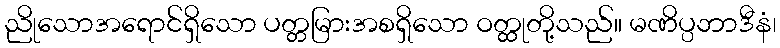
ညိုသောအရောင်ရှိသော ပတ္တမြားအစရှိသော ဝတ္ထုတို့သည်။ မဏိပ္ပဘာဒီနံ၊